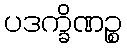
ပဒက္ခိဏဉ္စ